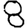
Digit: 8